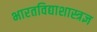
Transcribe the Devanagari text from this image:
भारतविद्याशास्त्रज्ञ